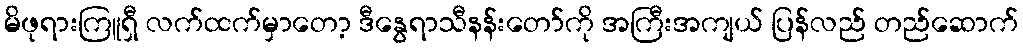
မိဖုရားကြူရှီ လက်ထက်မှာတော့ ဒီနွေရာသီနန်းတော်ကို အကြီးအကျယ် ပြန်လည် တည်ဆောက်